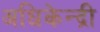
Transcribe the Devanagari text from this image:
अधिकेन्द्री